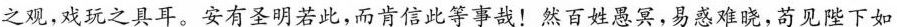
之观，戏玩之具耳。安有圣明若此，而肯信此等事哉！然百姓愚冥，易惑难晓，苟见陛下如